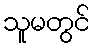
သူမတွင်